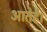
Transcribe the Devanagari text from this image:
आतेहै।